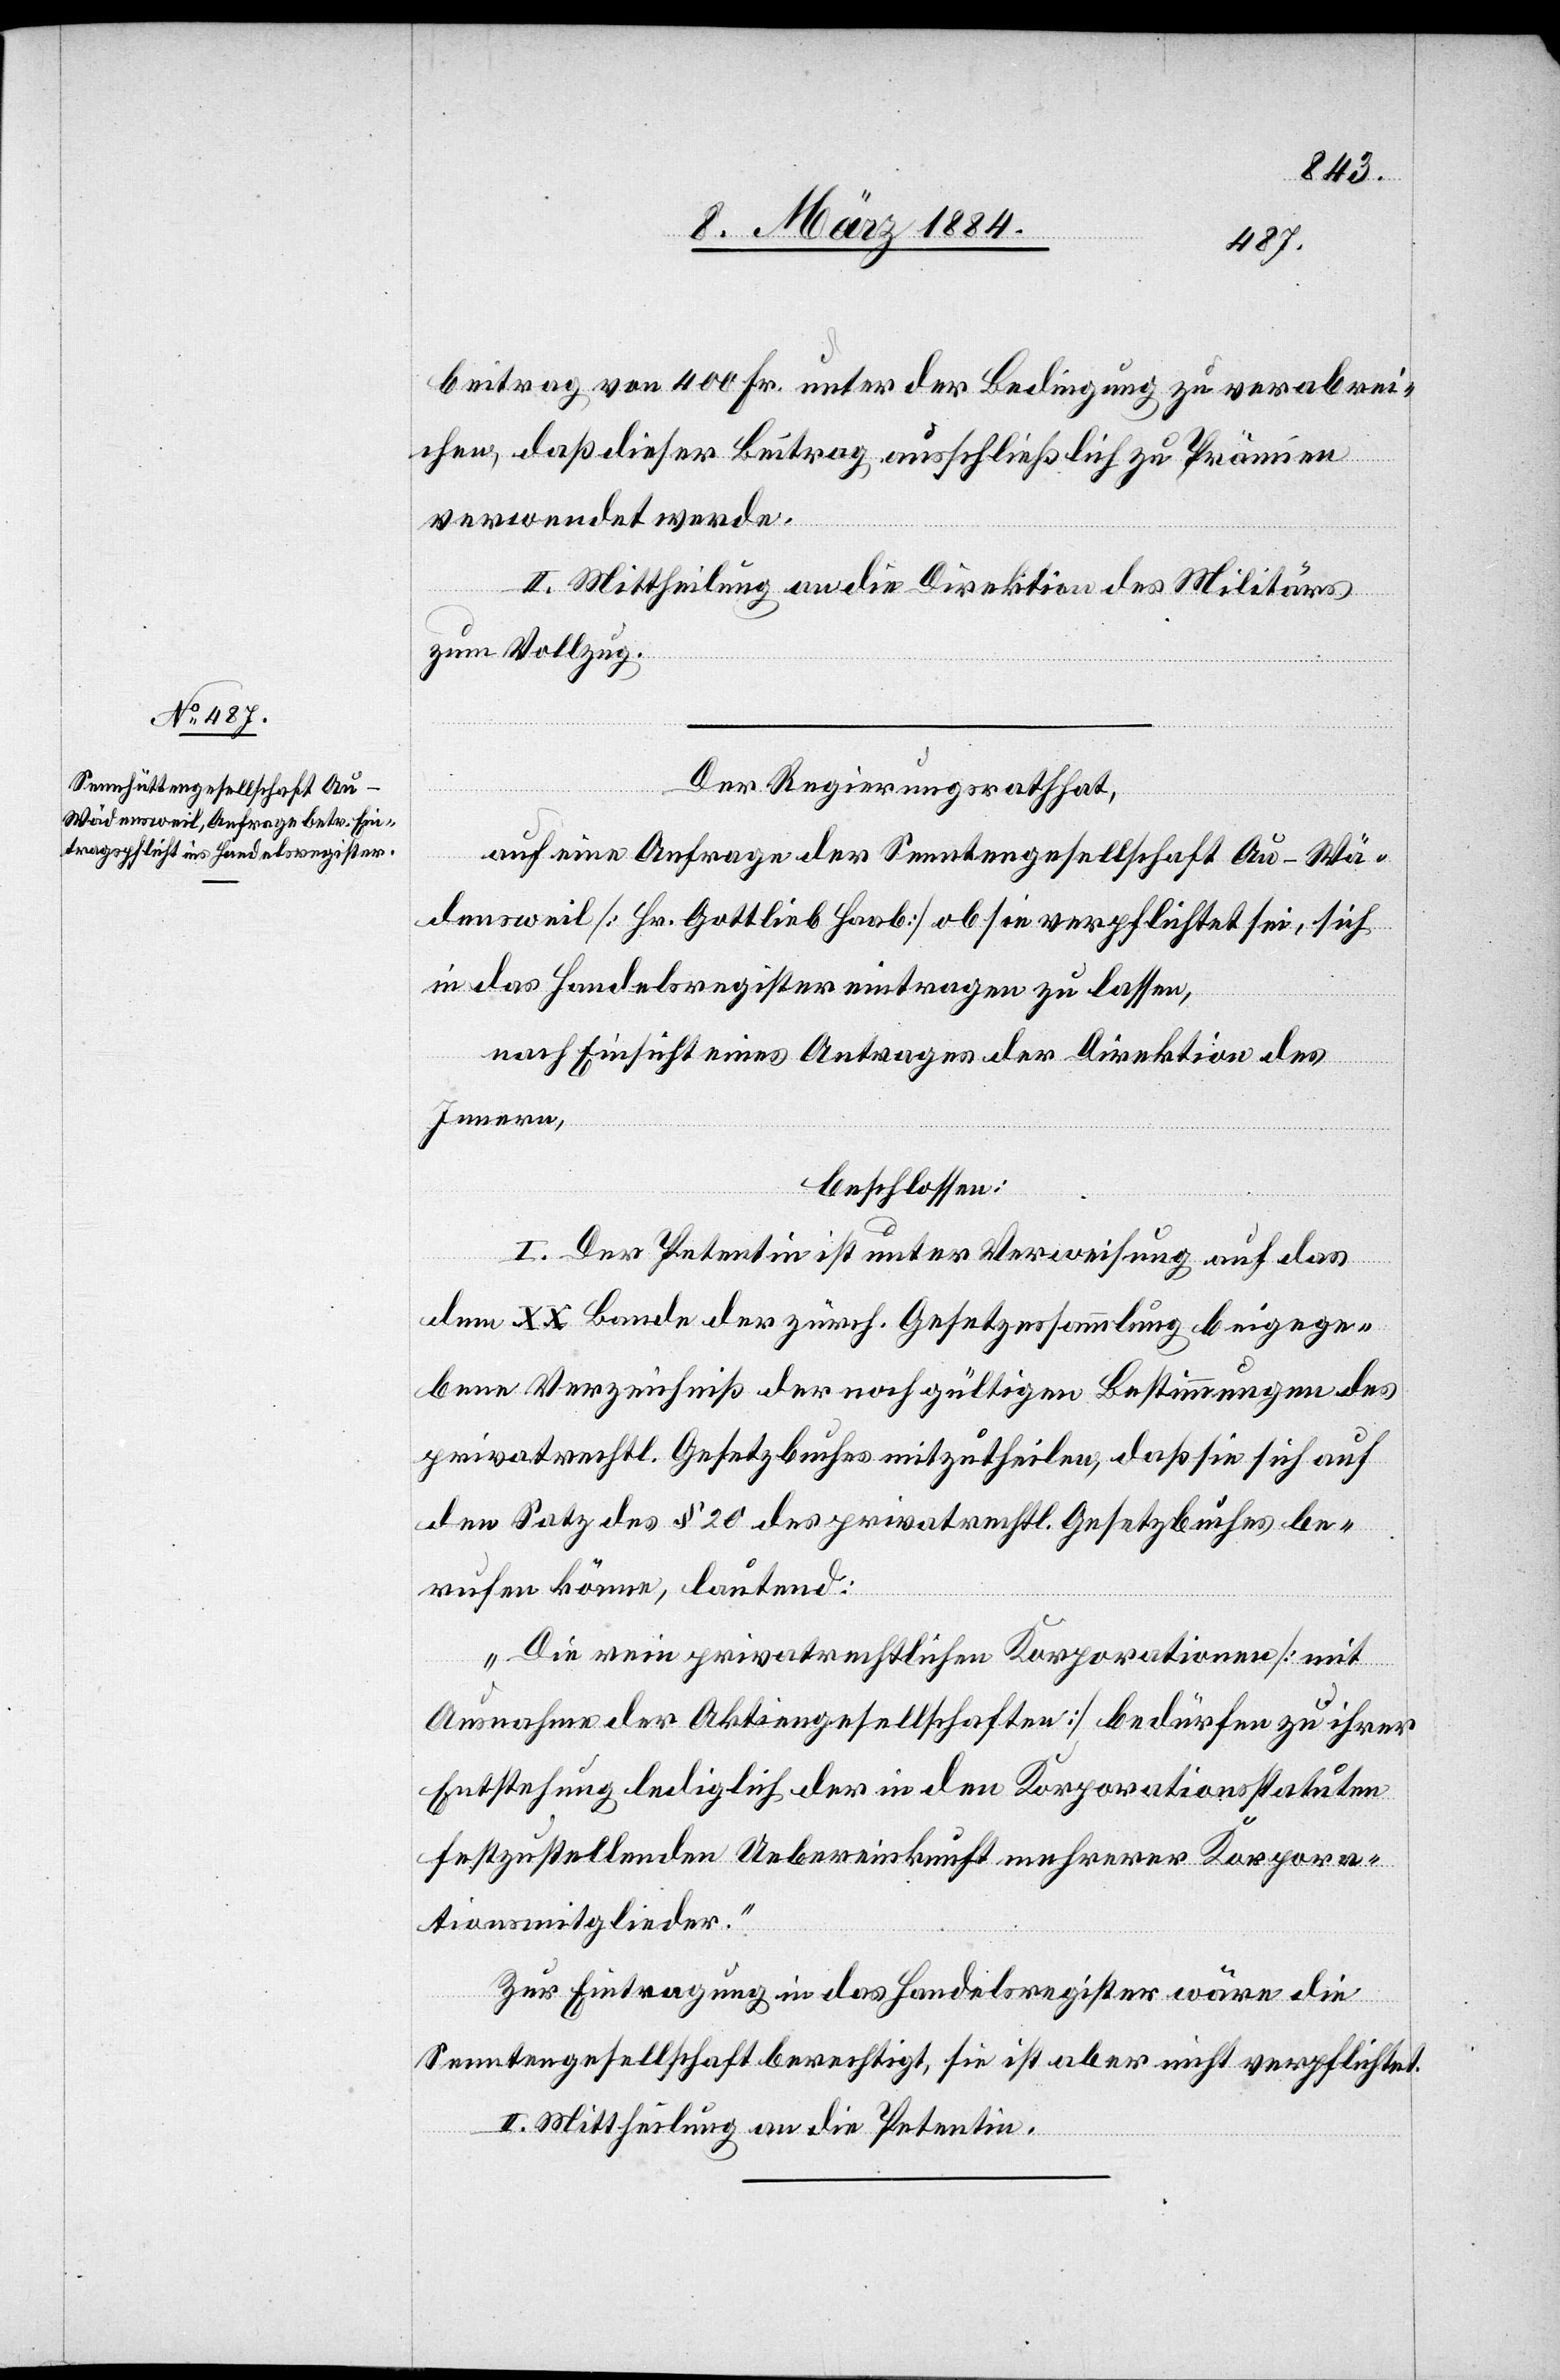
beitrag von 400 Fr. unter der Bedingung zu verabrei¬
chen, daß dieser Beitrag ausschließlich zu Prämien
verwendet werde.
II. Mittheilung an die Direktion des Militärs
zum Vollzug.
Der Regierungsrath hat,
auf eine Anfrage der Senntengesellschaft Au - Wä¬
densweil [Hr. Gottlieb Haab] ob sie verpflichtet sei, sich
in das Handelsregister eintragen zu lassen,
nach Einsicht eines Antrages der Direktion des
Innern,
beschlossen:
I. Der Petentin ist unter Verweisung auf das
dem XX Bande der zürch. Gesetzessammlung beigege¬
bene Verzeichniß der noch gültigen Bestimmungen des
privatrechtl. Gesetzbuches mitzutheilen, daß sie sich auf
den Satz des § 20 des privatrechtl. Gesetzbuches be¬
rufen könne, lautend:
„Die rein privatrechtliche Korporation [mit
Ausnahme der Aktiengesellschaften] bedürfe zu ihrer
Entstehung lediglich der in den Korporationsstatuten
festzustellenden Uebereinkunft mehrerer Korpora¬
tionsmitglieder.“
Zur Eintragung in das Handelsregister wäre die
Senntengesellschaft berechtigt, sie ist aber nicht verpflichtet.
II. Mittheilung an die Petentin.